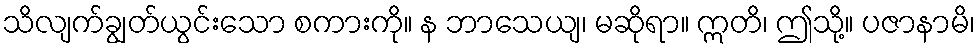
သိလျက်ချွတ်ယွင်းသော စကားကို။ န ဘာသေယျ၊ မဆိုရာ။ ဣတိ၊ ဤသို့။ ပဇာနာမိ၊